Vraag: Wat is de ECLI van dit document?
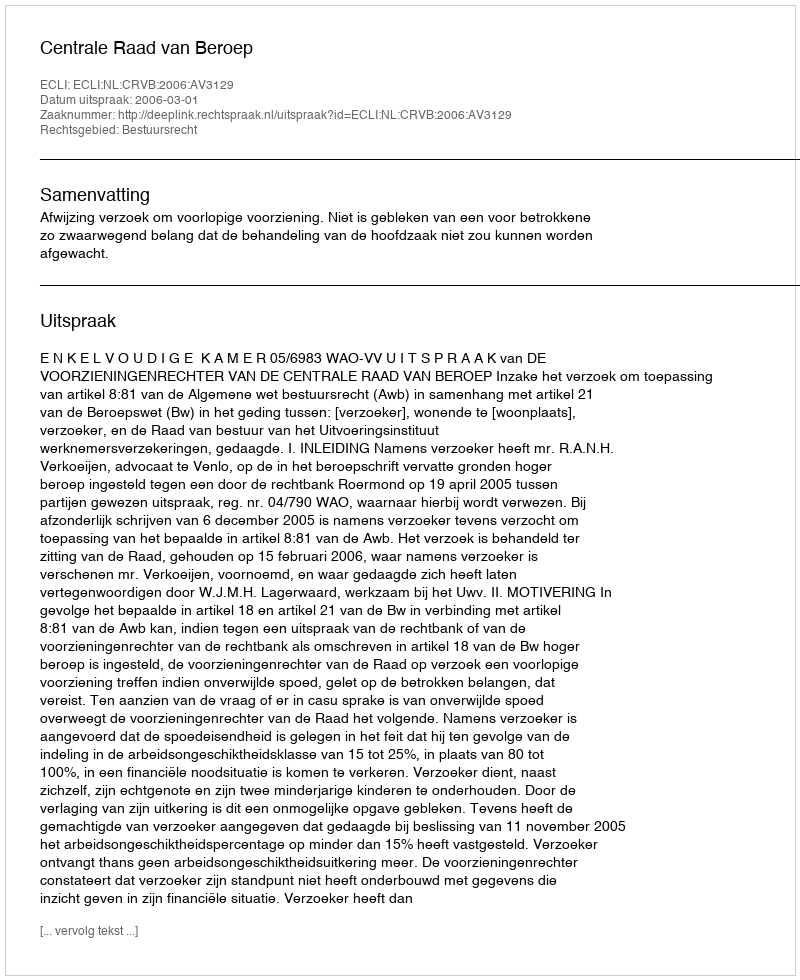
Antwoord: ECLI:NL:CRVB:2006:AV3129